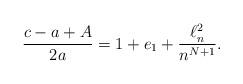
LaTeX: \begin{align*} \frac{c-a+A}{2a}= 1 + e_1 + \frac{\ell^2_n}{n^{N+1}}.\end{align*}